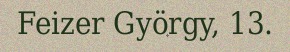
Feizer György, 13.